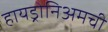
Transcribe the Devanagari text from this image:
हायड्रोनिअमची